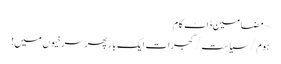
~ مضامین ڈاٹ کام
ہوم/سیاست/گجرات ایک بار پھر سرخیوں میں!